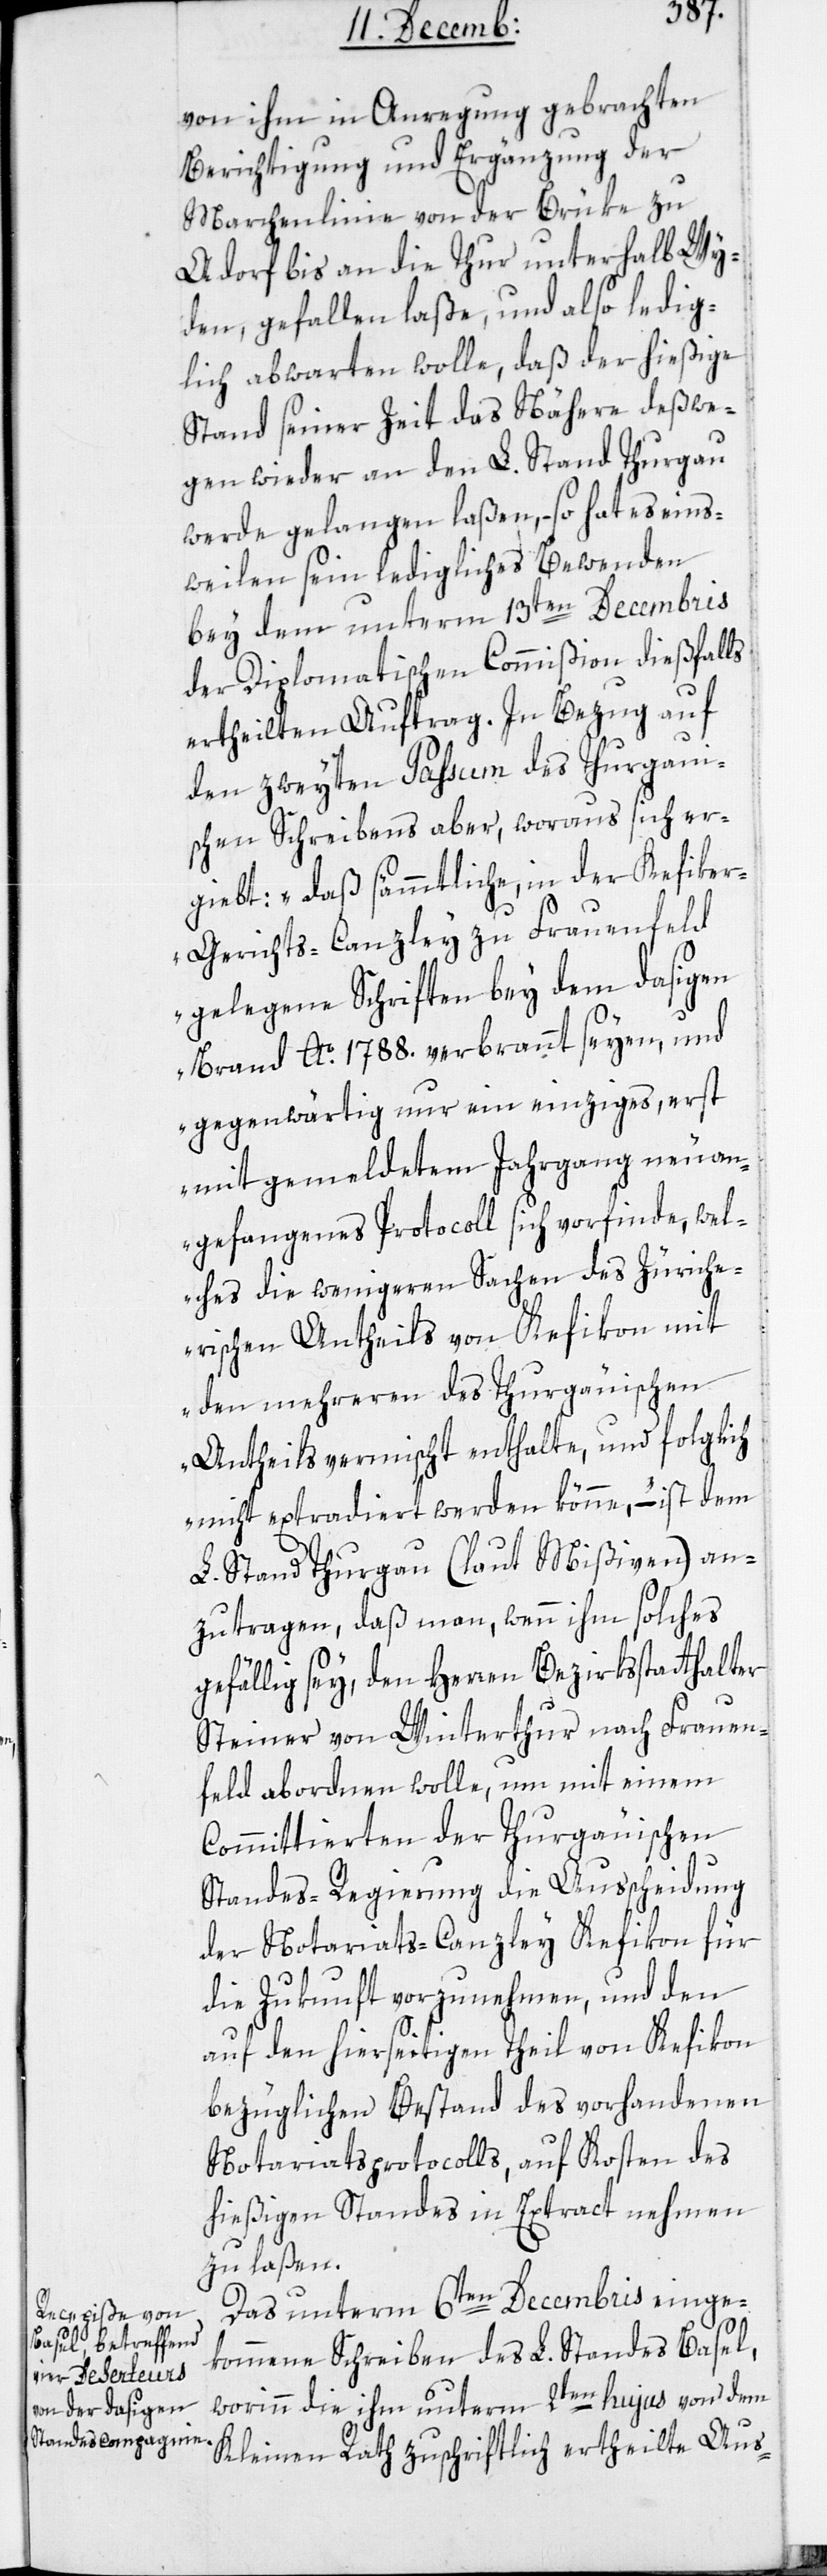
von ihm in Anregung gebrachten
Berichtigung und Ergänzung der
Marchenlinie von der Brüke zu
Adorf bis an die Thur unterhalb Wy¬
den, gefallen laße, und also ledig¬
lich abwarten wolle, daß der hießige
Stand seiner Zeit das nähere deßwe¬
gen wieder an den L. Stand Thurgau
werde gelangen laßen, – so hat es eins¬
tweilen seyn ledigliches Bewenden
bey dem unterm 13ten Decembris
der Diplomatischen Commißion dießfalls
ertheilten Auftrag. In Bezug auf
den zweyten Passum des Thurgaui¬
schen Schreibens aber, woraus sich er¬
giebt: „Daß sämmtliche, in der Kefike¬
r-Gerichts-Canzley zu Frauenfeld
gelegene Schriften bey dem dasigen
Brand Ao. 1788. verbrannt seyen, und
gegenwärtig nur ein einziges, erst
mit gemeldetem Jahrgang neu an¬
gefangenes Protocoll sich vorfinde, wel¬
ches die wenigeren Sachen des Züriche¬
rischen Antheils von Kefikon mit
den Mehreren des Thurauischen
Antheils vermischt enthalte, und folglich
nicht extradiert werden könne“, – ist dem
L. Stand Thurgau (laut Mißiven) an¬
zutragen, daß man, wenn ihm solches
gefällig sey, den Herren Bezirksstatthalter
Steiner von Winterthur nach Frauen¬
feld abordnen wolle, um mit einem
Committierten der Thurgauischen
Standes-Regierung die Ausscheidung
der Notariatscanzley Kefikon für
die Zukunft vorzunehmen, und den
auf den hierseitigen Theil von Kefikon
bezüglichen Bestand des vorhandenen
Notariatsprotocolls, auf Kosten des
hießigen Standes in Extract nehmen
zu laßen.
Das unterm 6ten Decembris einge¬
kommene Schreiben des L. Standes Basel,
worinn die ihm unterm 2ten hujus von dem
Kleinen Rath zuschriftlich ertheilte Aus-